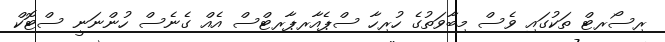
ރިސޯރޓް ތަކުގައި ވެސް މިބާވަތުގެ ހުރިހާ ސްޕެއާރޕާރޓްސް އެއް ގެނެސް ހުންނަނީ ސްޓޮކް